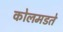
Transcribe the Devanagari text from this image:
कोलमडते